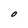
Character: O